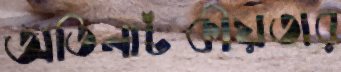
অতিনাটকীয়তার